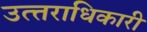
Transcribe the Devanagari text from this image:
उत्‍तराधिकारी